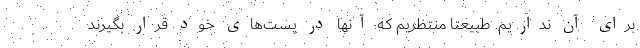
برای آن نداریم. طبیعتا منتظریم که آنها در پست‌های خود قرار بگیرند